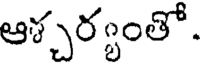
ఆశ్చర్యంతో.